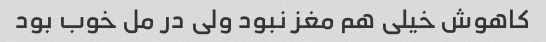
کاهوش خیلی هم مغز نبود ولی در مل خوب بود